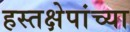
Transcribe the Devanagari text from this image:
हस्तक्षेपांच्या